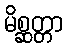
မိစ္ဆတ္တာ